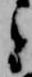
と